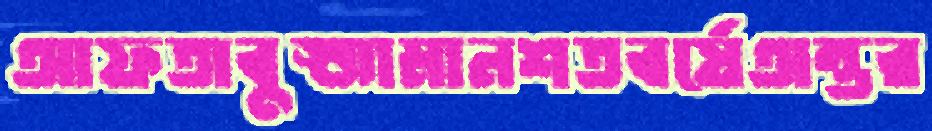
আফতাবুজ্জামানশতবর্ষেঅন্তর